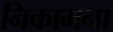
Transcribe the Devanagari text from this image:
निकामना